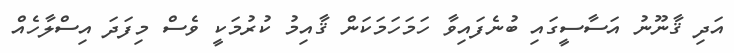
އަދި ޤާނޫނު އަސާސީގައި ބުނެފައިވާ ހަމަހަމަކަން ޤާއިމު ކުރުމަކީ ވެސް މިފަދަ އިސްލާހެއް